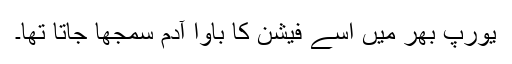
یورپ بھر میں اُسے فیشن کا باوا آدم سمجھا جاتا تھا۔